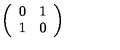
\left( \begin{array} { c c } { 0 } & { 1 } \\ { 1 } & { 0 } \\ \end{array} \right)